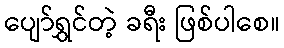
ပျော်ရွှင်တဲ့ ခရီး ဖြစ်ပါစေ။